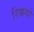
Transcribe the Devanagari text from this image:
रिक्कयो